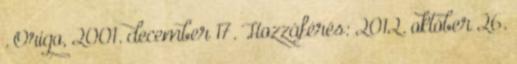
. Origo, 2001. december 17. Hozzáférés: 2012. október 26.